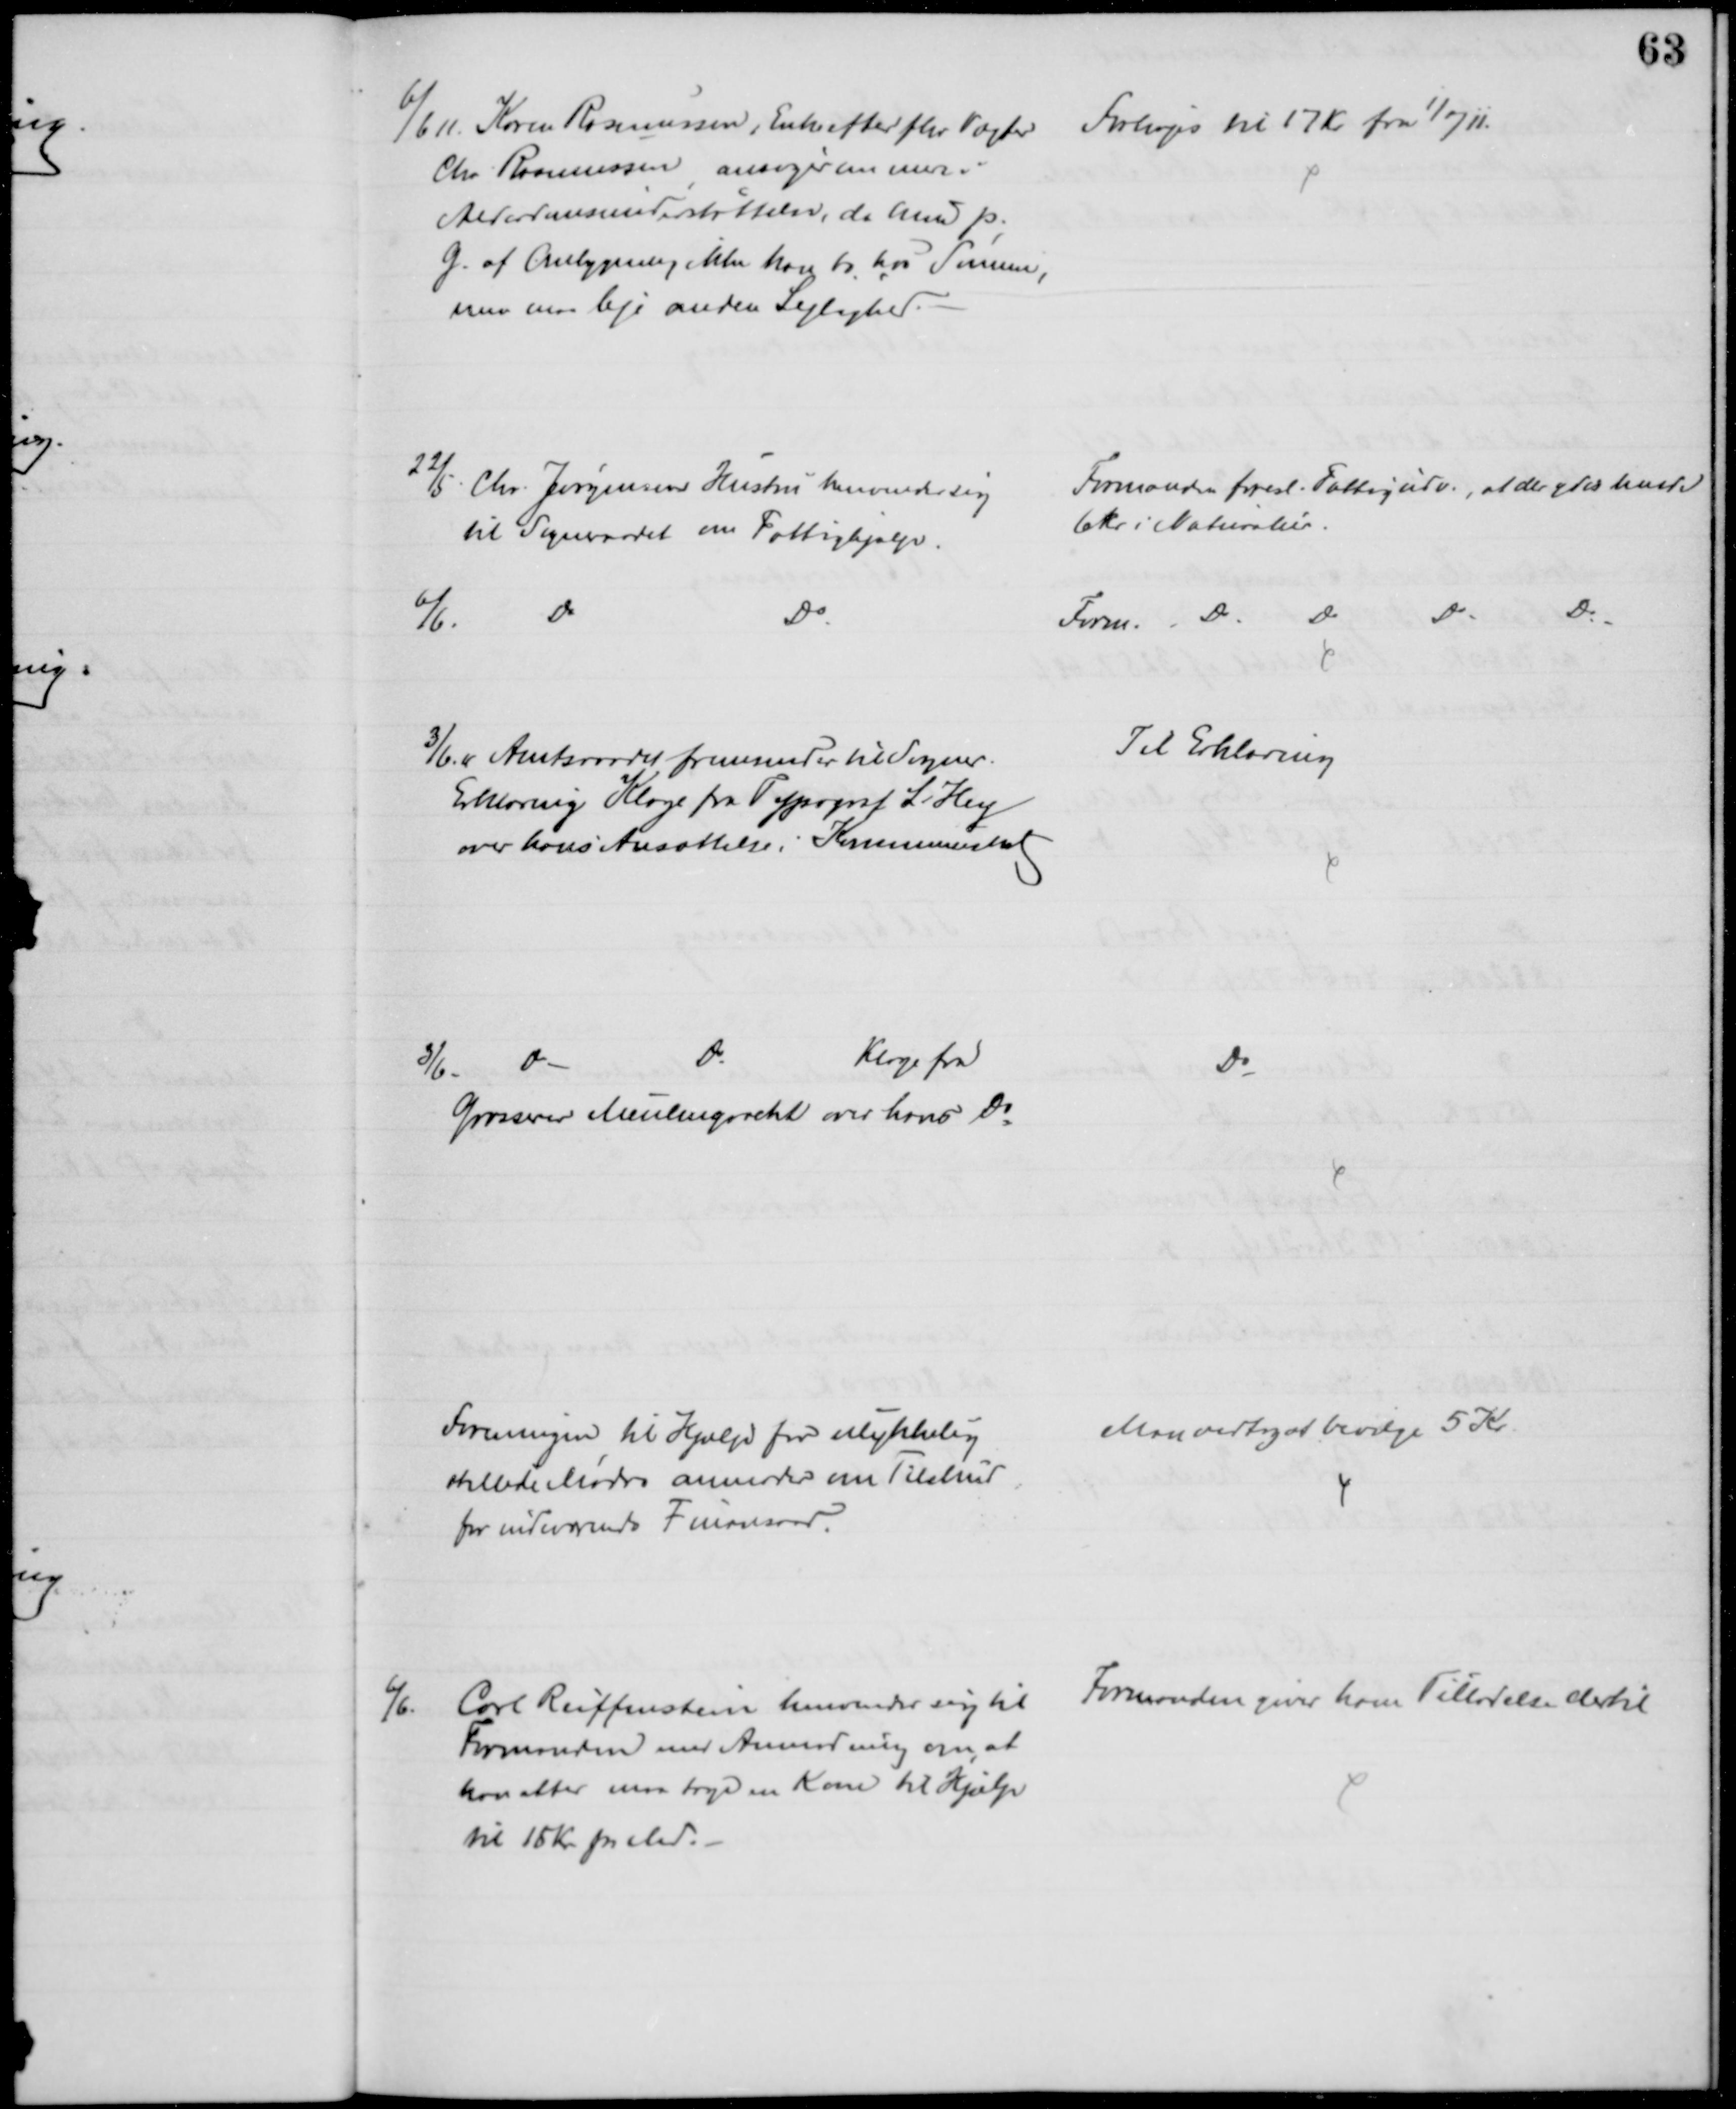
Transskription:
6/6 11. Karen Rasmussen, Enke efter fhv Vægter
Chr Rasmussen ansøger om mer i
Alderdomsunderstøttelse, da hun p.
G. af Ombygning ikke kan bo hos Sønnen,
men maa leje anden Lejlighed.
Forhøjes til 17 Kr fra 1/7 11.
22/5. Chr. Jørgensens Hustru henvender sig
til Sogneraadet om Fattighjælp.
Formanden foresl. Fattigudv., at der ydes hende
6 kr. i Naturalier.
6/6.
Do
Do.
Form. 
Do
Do
Do
Do
3/6. 11.  Amtsraadet fremsender til Sogner.
Erklæring Klage fra Typograf L. Hey
over hans Ansættelse i Kommuneskat
Til Erklæring
3/6. 
Do
Do
Klage fra
Grosserer Meulengracht over hans Do
Do
Foreningen til Hjælp for Ulykkelig
stillede Mødre anmoder om Tilskud
for indeværende Finansaar.
Man vedtog at bevilge 5 Kr.
6/6.
Carl Reiffenstein henvender sig til
Formanden med Anmodning om, at
han atter maa tage en Kone til Hjælp
til 15 Kr. pr. Md.
Formanden giver ham Tilladelse dertil